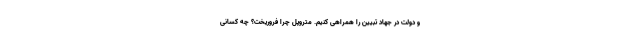
و دولت در جهاد تبیین را همراهی کنیم. متروپل چرا فروریخت؟ چه کسانی